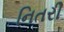
નિતરી